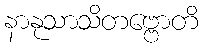
နာနုသာသိတဗ္ဗောတိ